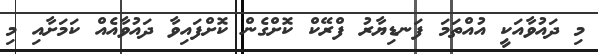
މި ދައުވާއަކީ އުއްތަމަ ފަނޑިޔާރު ފްރޭކް ކޮށްގެން ކޮށްފައިވާ ދައުވާއެއް ކަމަށާއި މި